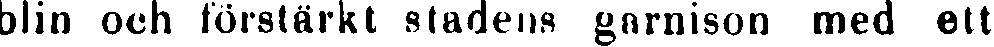
blin och förstärkt stadens garnison med ett